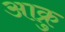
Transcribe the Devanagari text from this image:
आक्रु